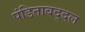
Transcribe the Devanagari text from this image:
पंडिताबद्दल